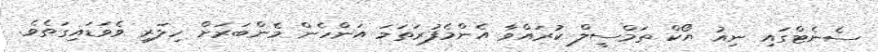
ސެނެޓްގައި ނިއު ޔޯކް ތަމްސީލް ކުރައްވާ އެންމެފުރަތަމަ އަންހެން މެންބަރަށް ހިލަރީ ވެވަޑައިގަތެވެ.